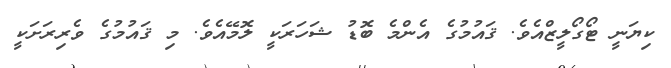
ކިޔަނީ ޓޯގޯލީޒްއެވެ. ޤައުމުގެ އެންމެ ބޮޑު ޝަހަރަކީ ލޮމޭއެވެ. މި ޤައުމުގެ ވެރިރަށަކީ